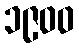
၁၉၀၀